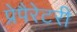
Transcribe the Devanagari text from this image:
प्रेपैरेटरी